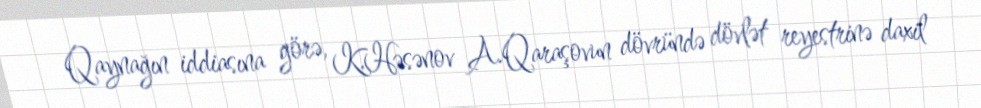
Qaynağın iddiasına görə, K.Həsənov A.Qaraşovun dövründə dövlət reyestrinə daxil